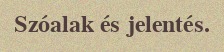
Szóalak és jelentés.